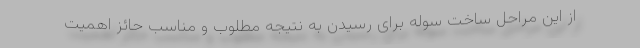
از این مراحل ساخت سوله برای رسیدن به نتیجه مطلوب و مناسب حائز اهمیت